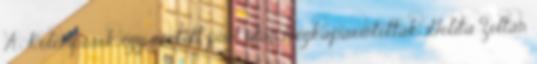
A Kolomposok egy rontott punt után megkaparintották Golita Zoltán